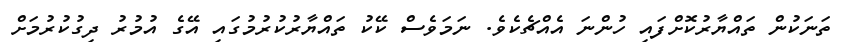
ތަނަކުން ތައްޔާރުކޮށްފައި ހުންނަ އެއްޗެކެވެ. ނަމަވެސް ކޭކު ތައްޔާރުކުރުމުގައި އޭގެ އުމުރު ދިގުކުރުމަށް